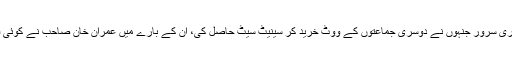
پنجاب کے چوہدری سرور جنہوں نے دوسری جماعتوں کے ووٹ خرید کر سینیٹ سیٹ حاصل کی، ان کے بارے میں عمران خان صاحب نے کوئی فیصلہ نہیں سنایا۔